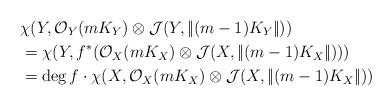
LaTeX: \begin{align*} &\chi (Y, \mathcal O_Y(mK_Y)\otimes \mathcal J(Y, |\!| (m-1)K_Y|\!|))\\&= \chi (Y, f^*(\mathcal O_X(mK_X)\otimes \mathcal J (X, |\!|(m-1)K_X|\!|)))\\ & =\deg f \cdot \chi (X, \mathcal O_X(mK_X)\otimes \mathcal J(X, |\!| (m-1)K_X|\!|))\end{align*}